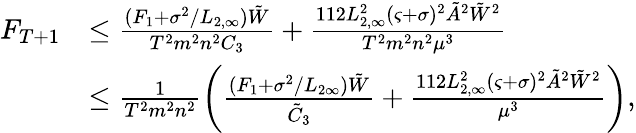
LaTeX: \begin{array}{rl}{F_{T+1}}&{\le\frac{(F_{1}+\sigma^{2}/L_{2,\infty})\tilde{W}}{T^{2}m^{2}n^{2}C_{3}}+\frac{112L_{2,\infty}^{2}(\varsigma+\sigma)^{2}\tilde{A}^{2}\tilde{W}^{2}}{T^{2}m^{2}n^{2}\mu^{3}}}\\ &{\le\frac{1}{T^{2}m^{2}n^{2}}\left(\frac{(F_{1}+\sigma^{2}/L_{2\infty})\tilde{W}}{\tilde{C}_{3}}+\frac{112L_{2,\infty}^{2}(\varsigma+\sigma)^{2}\tilde{A}^{2}\tilde{W}^{2}}{\mu^{3}}\right),}\end{array}